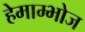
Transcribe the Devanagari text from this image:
हेमाम्भोज